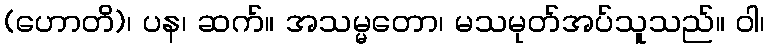
(ဟောတိ)၊ ပန၊ ဆက်။ အသမ္မတော၊ မသမုတ်အပ်သူသည်။ ဝါ၊